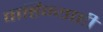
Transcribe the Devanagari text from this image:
वाहिन्याही